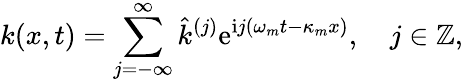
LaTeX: k(x,t)=\sum_{j=-\infty}^{\infty}\hat{k}^{(j)}\mathrm{e}^{\mathrm{i}j(\omega_{m}t-\kappa_{m}x)},\quad j\in\mathbb{Z},